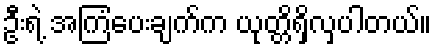
ဦးရဲ့ အကြံပေးချက်က ယုတ္တိရှိလှပါတယ်။